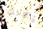
ذكائك